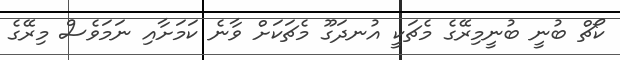
ކޯޗް ބުނީ ބުނީމިރޭގެ މެޗަކީ އުނދަގޫ މެޗަކަށް ވާނެ ކަމަށާއި ނަމަވެސް މިރޭގެ